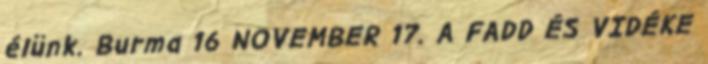
élünk. Burma 16 NOVEMBER 17. A FADD ÉS VIDÉKE